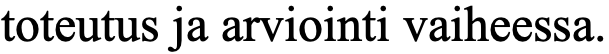
toteutus ja arviointi vaiheessa.